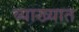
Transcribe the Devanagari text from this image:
व्याख्यात